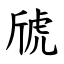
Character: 䖐